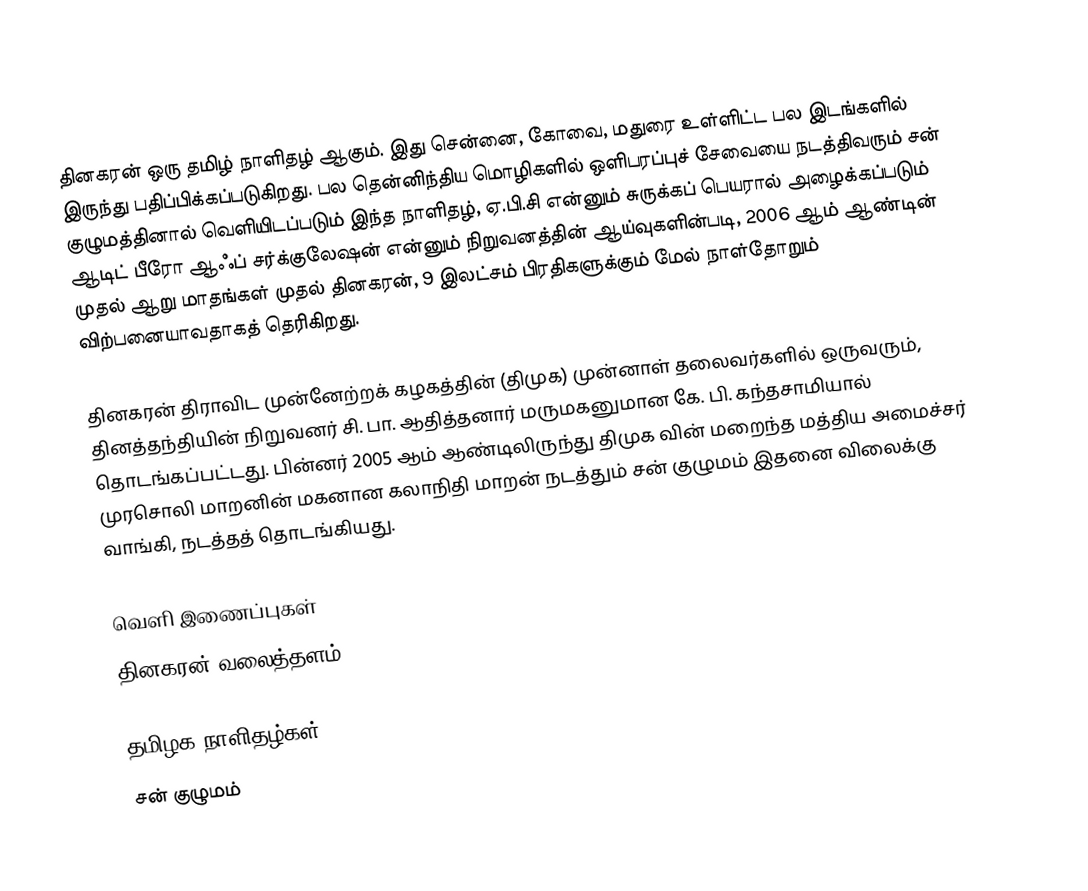
தினகரன் ஒரு  தமிழ் நாளிதழ் ஆகும். இது சென்னை, கோவை, மதுரை உள்ளிட்ட பல இடங்களில் இருந்து பதிப்பிக்கப்படுகிறது. பல தென்னிந்திய மொழிகளில் ஒளிபரப்புச் சேவையை நடத்திவரும் சன் குழுமத்தினால் வெளியிடப்படும் இந்த நாளிதழ், ஏ.பி.சி என்னும் சுருக்கப் பெயரால் அழைக்கப்படும் ஆடிட் பீரோ ஆஃப் சர்க்குலேஷன் என்னும் நிறுவனத்தின் ஆய்வுகளின்படி, 2006 ஆம் ஆண்டின் முதல் ஆறு மாதங்கள் முதல் தினகரன், 9 இலட்சம் பிரதிகளுக்கும் மேல் நாள்தோறும் விற்பனையாவதாகத் தெரிகிறது.

தினகரன் திராவிட முன்னேற்றக் கழகத்தின் (திமுக) முன்னாள் தலைவர்களில் ஒருவரும், தினத்தந்தியின் நிறுவனர் சி. பா. ஆதித்தனார் மருமகனுமான கே. பி. கந்தசாமியால் தொடங்கப்பட்டது. பின்னர் 2005 ஆம் ஆண்டிலிருந்து திமுக வின் மறைந்த மத்திய அமைச்சர் முரசொலி மாறனின் மகனான கலாநிதி மாறன் நடத்தும் சன் குழுமம் இதனை விலைக்கு வாங்கி, நடத்தத் தொடங்கியது.

வெளி இணைப்புகள்
 தினகரன் வலைத்தளம்.

தமிழக நாளிதழ்கள்
சன் குழுமம்